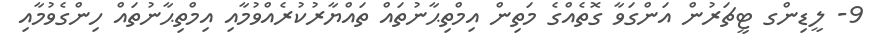
9- ލީޑިންގ ޓީޗަރުން އަންގަވާ ގޮތެއްގެ މަތިން އިމްތިޙާނުތައް ތައްޔާރުކުރެއްވުމާއި އިމްތިޙާނުތައް ހިންގެވުމާއި